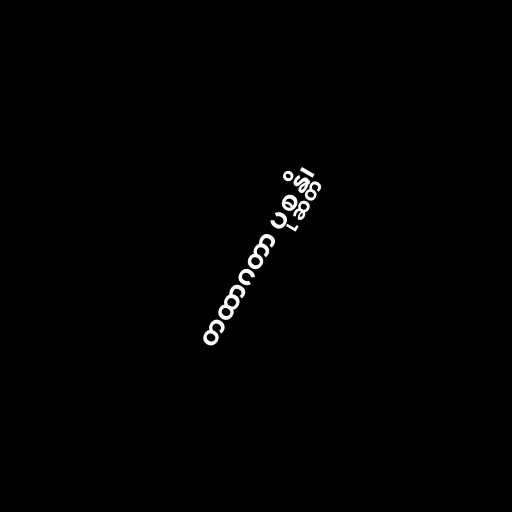
တထာဂတာ ပုစ္ဆန္တိ၊